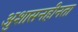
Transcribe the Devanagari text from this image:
अुशासनहीनता